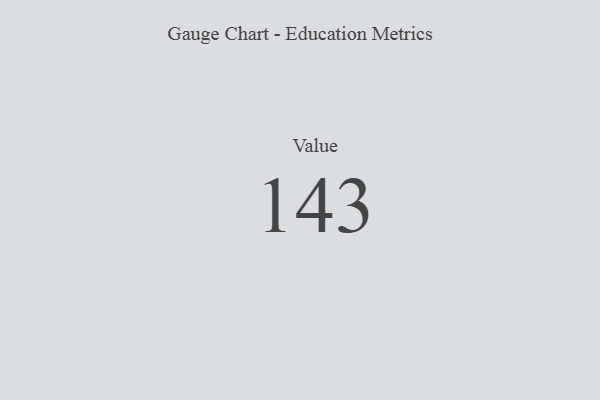
{"axis": {"x": "Metric", "y": "Value"}, "legend": [""], "data": [{"x": "Value", "y": 143, "type": ""}]}